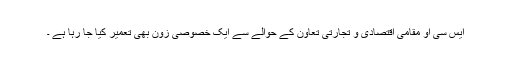
ایس سی او مقامی اقتصادی و تجارتی تعاون کے حوالے سے ایک خصوصی زون بھی تعمیر کیا جا رہا ہے ۔